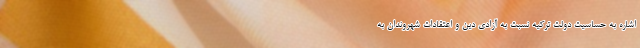
اشاره به حساسیت دولت ترکیه نسبت به آزادی دین و اعتقادات شهروندان به